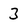
Character: 3